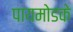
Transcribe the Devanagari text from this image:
पायमोडके